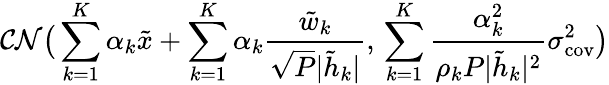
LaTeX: \mathcal{CN}\big(\sum_{k=1}^{K}\alpha_{k}{{\tilde{x}}}+\sum_{k=1}^{K}\alpha_{k}\frac{{{\tilde{w}_{k}}}}{\sqrt{P}|\tilde{h}_{k}|},\, \sum_{k=1}^{K}\frac{\alpha_{k}^{2}}{\rho_{k}P|\tilde{h}_{k}|^{2}}\sigma_{\textrm{cov}}^{2}\big)